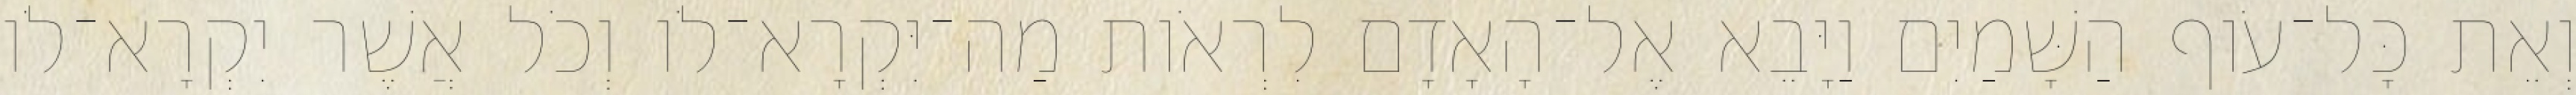
וְאֵת כָּל־עֹוף הַשָּׁמַיִם וַיָּבֵא אֶל־הָאָדָם לִרְאֹות מַה־יִּקְרָא־לֹו וְכֹל אֲשֶׁר יִקְרָא־לֹו